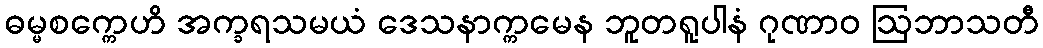
ဓမ္မစက္ကေဟိ အက္ခရသမယံ ဒေသနာက္ကမေန ဘူတရူပါနံ ဂုဏာဝ ဩဘာသတီ